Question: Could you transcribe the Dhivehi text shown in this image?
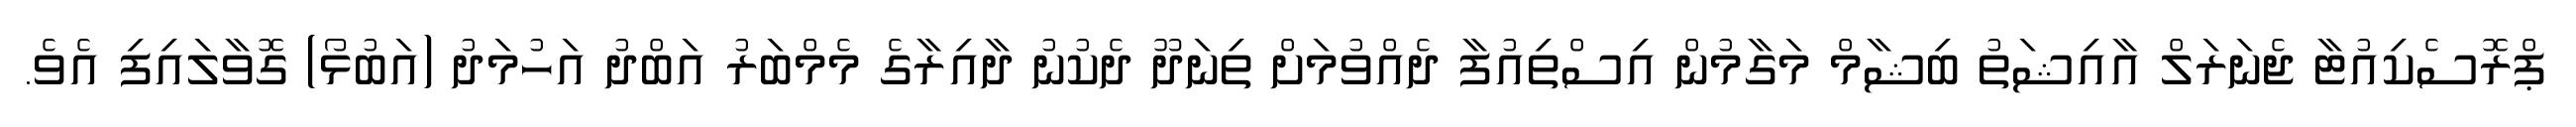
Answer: ޕްރޮސެކިއުޓާ ޖެނަރަލް އާއިޝަތު ބިޝާމް މަގާމުން އިސްތިއުފާ ދެއްވުމަށް ތިނަދޫ ދެކުނު ދާއިރާގެ މެމްބަރު އަބްދު އަހުމަދު (އަބުޅޯ) ގޮވާލައިފި އެވެ.